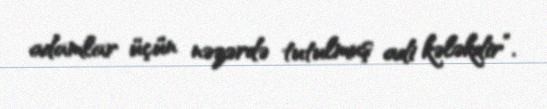
adamlar üçün nəzərdə tutulmuş adi kələkdir”.